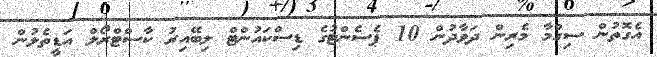
އެގޮތުން ސިގްމާ މެރިން ދަވާދުން 10 ޕެސެންޓުގެ ޑިސްކައުންޓް ލިބޭއިރު ކާސްޓްރޯލް އަޑީތެލުން